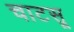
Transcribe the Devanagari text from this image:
चाटसू